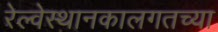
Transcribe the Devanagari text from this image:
रेल्वेस्थानकालगतच्या